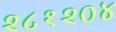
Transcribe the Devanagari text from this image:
२८१२०४